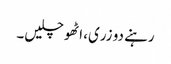
رہنے دو زری، اٹھو چلیں۔